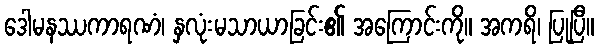
ဒေါမနဿကာရဏံ၊ နှလုံးမသာယာခြင်း၏ အကြောင်းကို။ အကရိ၊ ပြုပြီ။